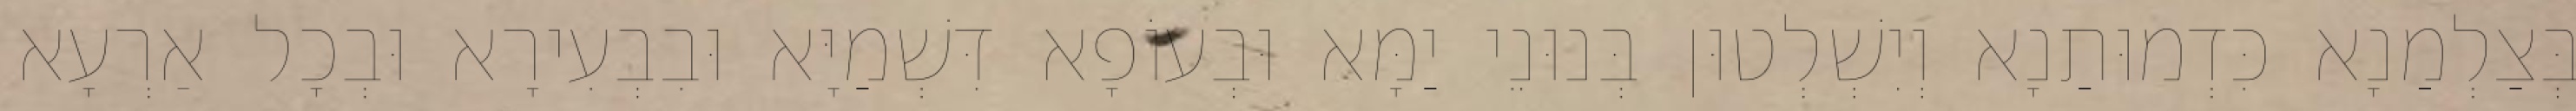
בְּצַלְמַנָא כִּדְמוּתַנָא וְיִשְׁלְטוּן בְּנוּנֵי יַמָּא וּבְעוֹפָא דִּשְׁמַיָּא וּבִבְעִירָא וּבְכָל אַרְעָא